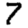
Digit: 7